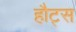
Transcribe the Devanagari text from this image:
हौट्स